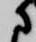
に